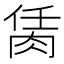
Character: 𦚮